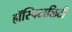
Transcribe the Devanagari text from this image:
हॉस्पिटालिटी